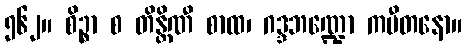
၅၆၂။ စိဉ္စာ စ တိန္တိဏီ စာထ၊ ဂဒ္ဒဘဏ္ဍော ကပီတနော။